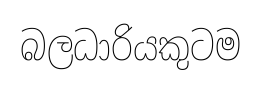
බලධාරියකුටම